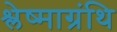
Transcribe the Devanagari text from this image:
श्लेष्माग्रंथि